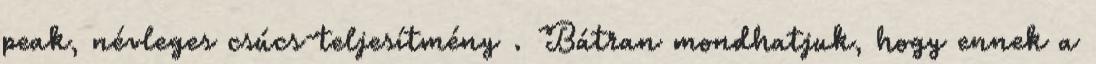
peak, névleges csúcs-teljesítmény . Bátran mondhatjuk, hogy ennek a